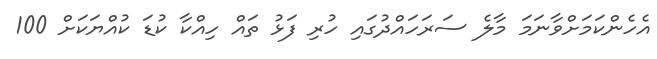
އެހެންކަމަށްވާނަމަ މާލެ ސަރަހައްދުގައި ހުރި ފަޅު ތައް ހިއްކާ ކުޑަ ކުއްޔަކަށް 100